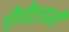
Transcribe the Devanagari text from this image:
डीपीएससी